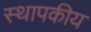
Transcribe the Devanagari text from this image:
स्थापकीय